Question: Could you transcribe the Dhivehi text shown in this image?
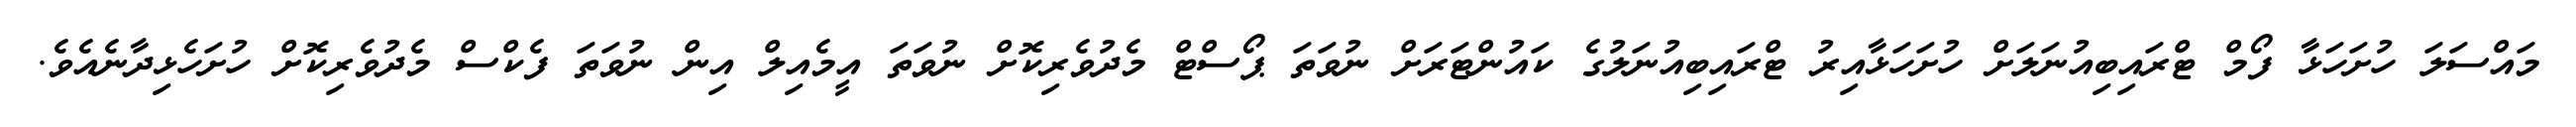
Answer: މައްސަލަ ހުށަހަޅާ ފޯމް ޓްރައިބިއުނަލަށް ހުށަހަޅާއިރު ޓްރައިބިއުނަލުގެ ކައުންޓަރަށް ނުވަތަ ޕޯސްޓް މެދުވެރިކޮށް ނުވަތަ އީމެއިލް އިން ނުވަތަ ފެކްސް މެދުވެރިކޮށް ހުށަހެޅިދާނެއެވެ.